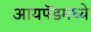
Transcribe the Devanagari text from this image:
आयपॅडमध्ये